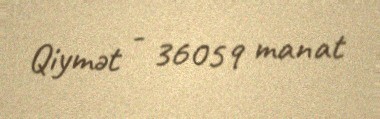
Qiymət - 36059 manat